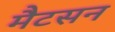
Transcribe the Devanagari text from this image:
मैटसन